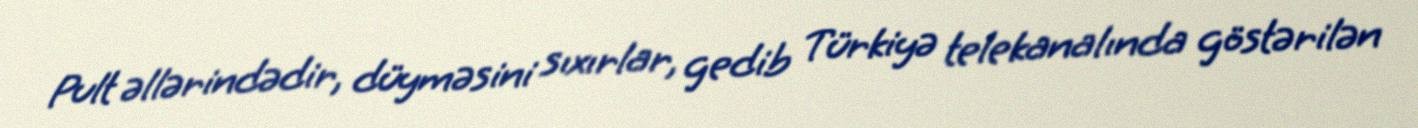
Pult əllərindədir, düyməsini sıxırlar, gedib Türkiyə telekanalında göstərilən